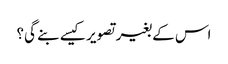
اس کے بغیر تصویر کیسے بنے گی؟